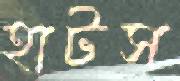
হাটস